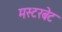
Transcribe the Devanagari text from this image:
मस्टरबेट